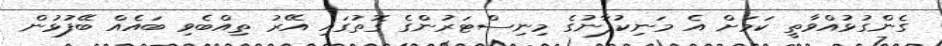
ގެންގުޅުއްވާތީ ކަމަށް އެ މަނިކުފާނުގެ މިނިސްޓަރުންގެ ގޮތުގައި އޭރު ތިއްބެވި ބައެއް ބޭފުޅުން